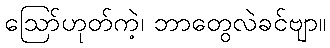
ဪဟုတ်ကဲ့၊ ဘာတွေလဲခင်ဗျာ။